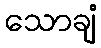
သောချံ